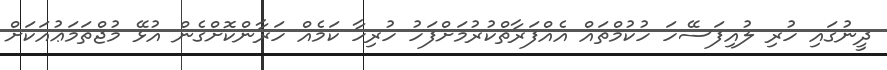
ދީނުގައި ހުރި ލުއިފަސޭހަ ހުކުމްތައް އެއްފަރާތްކުރުމަށްފަހު ހުރިހާ ކަމެއް ހަރާންކޮށްގެން އުޅޭ މުޖްތަމަޢުއަކަށް